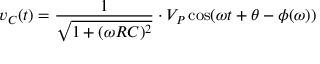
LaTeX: v _ { C } ( t ) = { \frac { 1 } { \sqrt { 1 + ( \omega R C ) ^ { 2 } } } } \cdot V _ { P } \cos ( \omega t + \theta - \phi ( \omega ) )